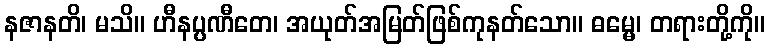
နဇာနတိ၊ မသိ။ ဟီနပ္ပဏီတေ၊ အယုတ်အမြတ်ဖြစ်ကုနတ်သော။ ဓမ္မေ၊ တရားတို့ကို။